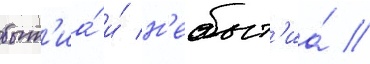
быт'иа́ и́ н'ебыт'иа́ /